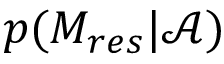
p ( M _ { r e s } | \mathcal { A } )